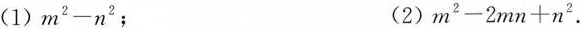
(1)$$m^{2}-n^{2}$$； (2)$$m^{2}-2mn+n^{2}$$.